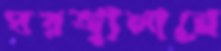
ঘরজ্বালানে